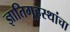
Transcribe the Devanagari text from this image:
ज्ञातिगृहस्थांचा